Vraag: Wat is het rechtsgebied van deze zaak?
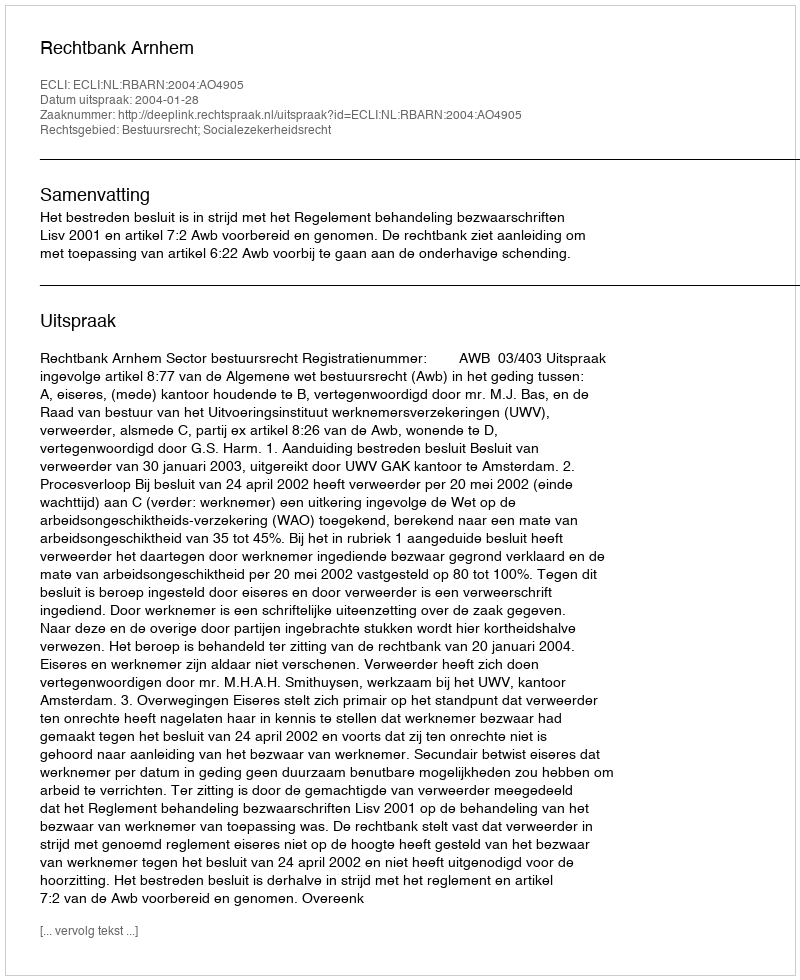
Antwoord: Bestuursrecht; Socialezekerheidsrecht